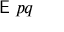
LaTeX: { \textsf { E } } p q